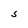
Character: S